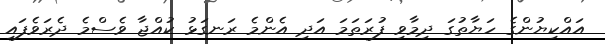
އައްކިޔުންގެ ހަޔާތުގަ ދިމާވި ފުރަތަމަ އަދި އެންމެ ރަނގަޅު ކުއްޖާ ވެސްމެ ދެރަވެފައި